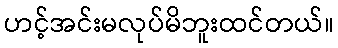
ဟင့်အင်းမလုပ်မိဘူးထင်တယ်။